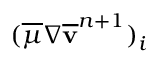
( \overline { { \mu } } \nabla \overline { { \mathbf v } } ^ { n + 1 } ) _ { i }